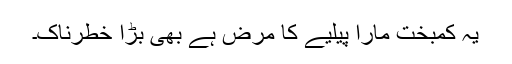
یہ کمبخت مارا پیلیے کا مرض ہے بھی بڑا خطرناک۔